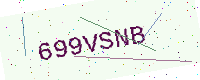
Text: 699VSNB